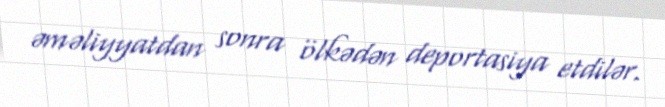
əməliyyatdan sonra ölkədən deportasiya etdilər.